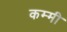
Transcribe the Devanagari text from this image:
कम्मी